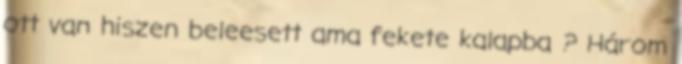
ott van hiszen beleesett ama fekete kalapba ? Három